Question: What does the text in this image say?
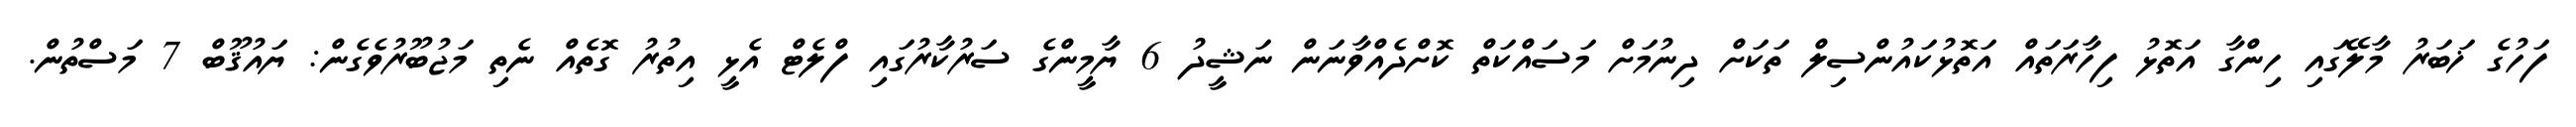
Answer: ފަހުގެ ޚަބަރު މާލޭގައި ހިންގާ އަތޮޅު ފިހާރަތައް އަތޮޅުކައުންސިލް ތަކަށް ދިނުމަށް މަސައްކަތް ކޮށްދެއްވާނަން ނަޝީދު 6 ޔާމީންގެ ސަރުކާރުގައި ފްލެޓް އެޅީ އިތުރު ގޮތެއް ނެތި މަޖުބޫރުވެގެން: ޔައުޤޫބް 7 މަސްތުން.